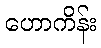
ဟောကိန်း